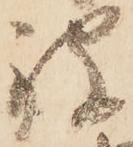
被